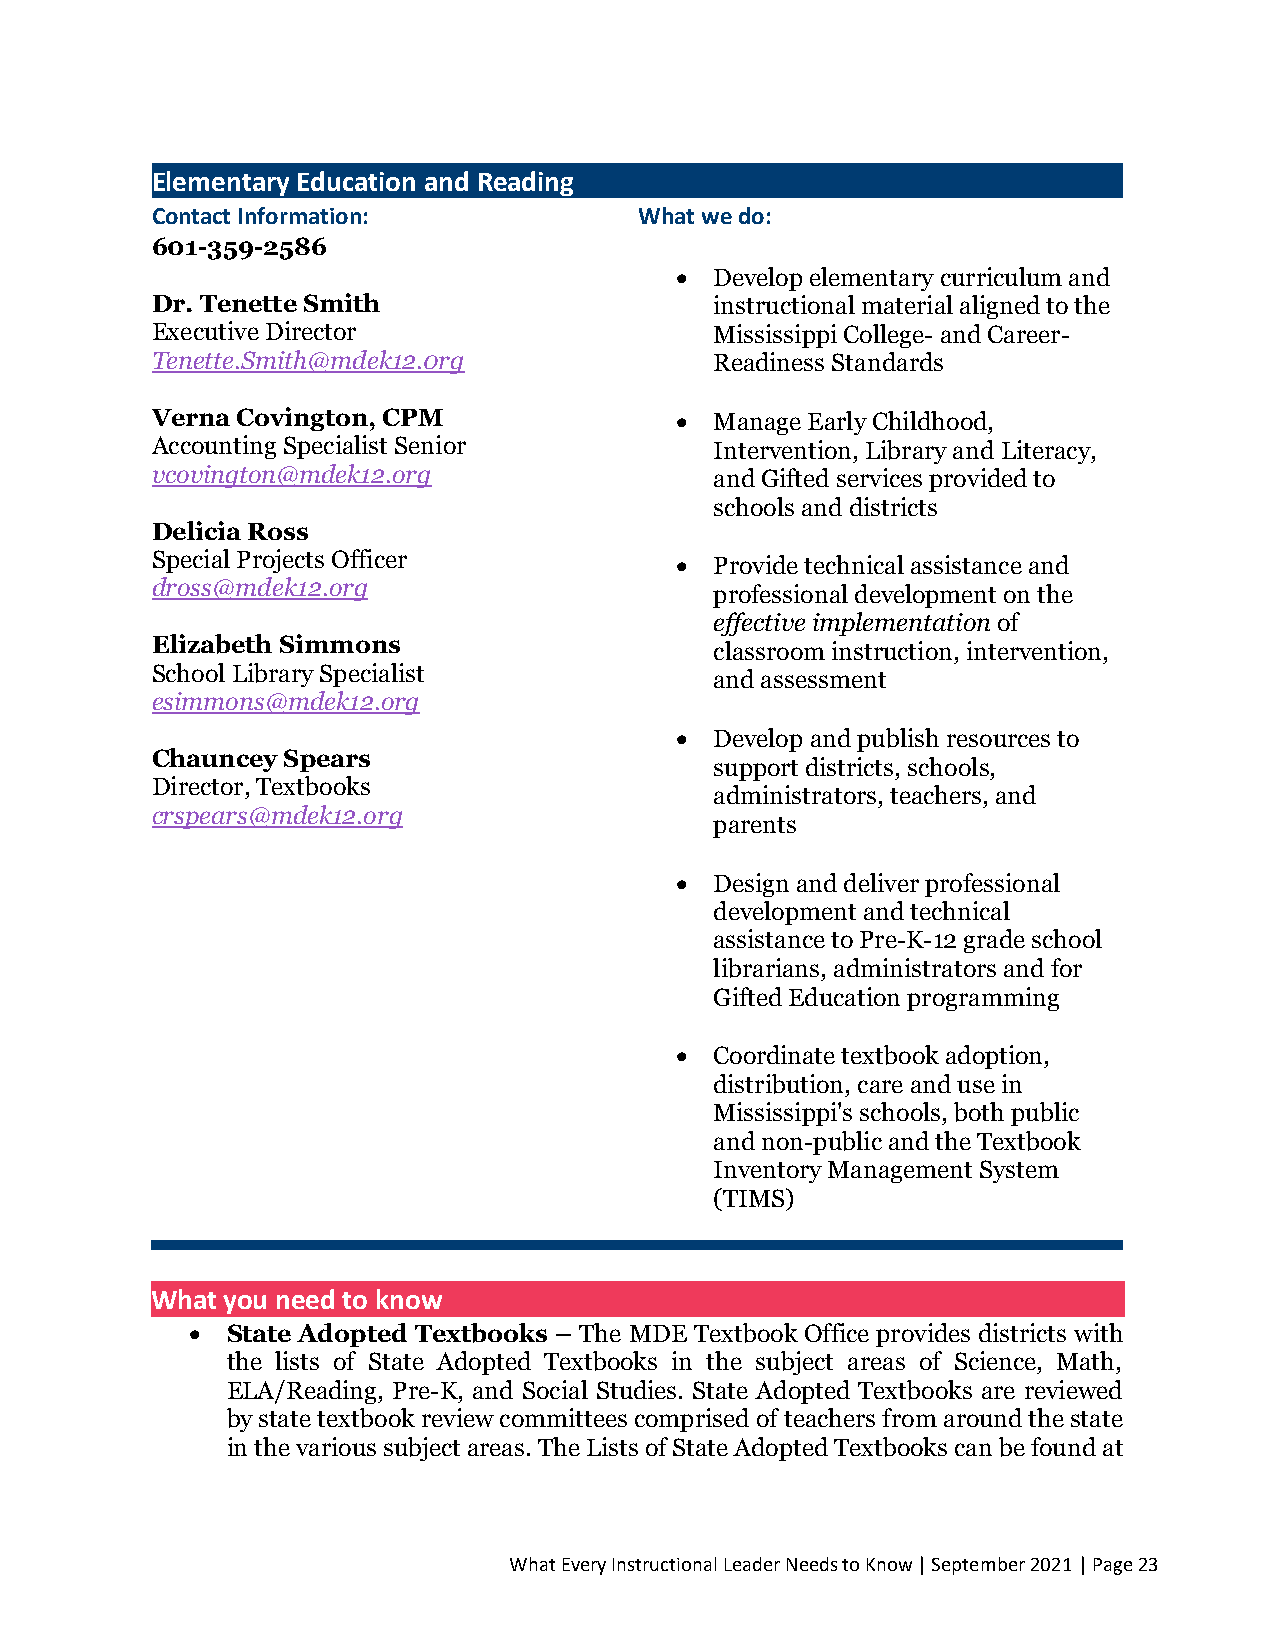
Elementary Education and Reading
 Contact Information:            What we do:
 601-359-2586
 • Develop elementary curriculum and
 Dr. Tenette Smith                    instructional material aligned to the
 Executive Director                   Mississippi College- and Career-
 Tenette.Smith@mdek12.0rg             Readiness Standards
 Verna Covington, CPM               • Manage Early Childhood,
 Accounting Specialist Senior         Intervention, Library and Literacy,
 vcovington@mdek12.org                and Gifted services provided to
 schools and districts
 Delicia Ross
 Special Projects Officer
 • Provide technical assistance and
 dross@mdek12.org
 professional development on the
 effective implementation of
 Elizabeth Simmons
 classroom instruction, intervention,
 School Library Specialist
 and assessment
 esimmons@mdek12.org
 • Develop and publish resources to
 Chauncey Spears
 support districts, schools,
 Director, Textbooks
 administrators, teachers, and
 c rspears@mdek12.org
 parents
 • Design and deliver professional
 development and technical
 assistance to Pre-K-12 grade school
 librarians, administrators and for
 Gifted Education programming
 • Coordinate textbook adoption,
 distribution, care and use in
 Mississippi's schools, both public
 and non-public and the Textbook
 Inventory Management System
 (TIMS)
 What you need to know
 • State Adopted Textbooks – The MDE Textbook Office provides districts with
 the lists of State Adopted Textbooks in the subject areas of Science, Math,
 ELA/Reading, Pre-K, and Social Studies. State Adopted Textbooks are reviewed
 by state textbook review committees comprised of teachers from around the state
 in the various subject areas. The Lists of State Adopted Textbooks can be found at
 What Every Instructional Leader Needs to Know | September 2021 | Page 23